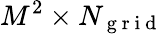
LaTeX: M^{2}\times N_{{\mathrm{~g~r~i~d~}}}